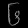
Digit: ၆